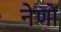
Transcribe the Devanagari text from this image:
नेणों